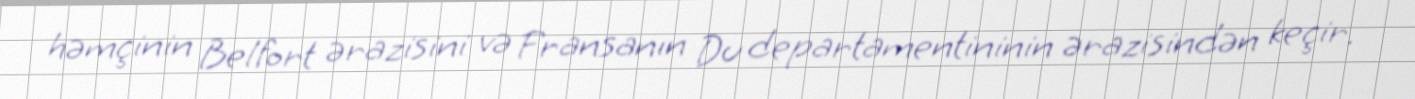
həmçinin Belfort ərazisini və Fransanın Du departamentininin ərazisindən keçir.